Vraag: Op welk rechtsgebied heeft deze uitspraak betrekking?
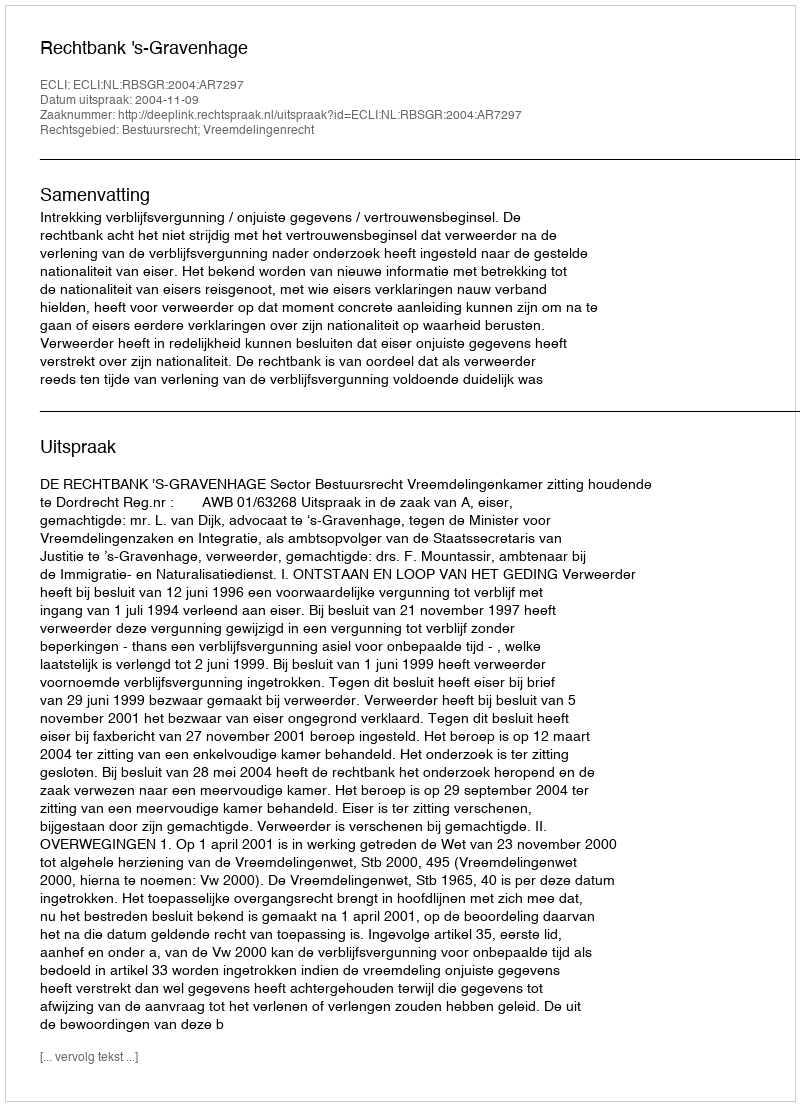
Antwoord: Bestuursrecht; Vreemdelingenrecht